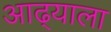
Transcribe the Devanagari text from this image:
आढ्याला